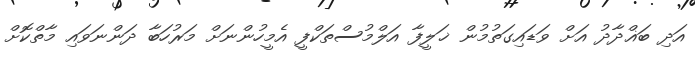
އަދި ބަޣްދާދު އަށް ވަޑައިގަތުމުން ޚަލީފާ އަލްމުސްތަކްފީ އެމީހުންނަށް މަރުހަބާ ދަންނަވައި މާތްކޮށް